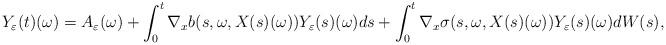
LaTeX: \begin{align*}Y_\varepsilon(t)(\omega) = A_\varepsilon(\omega) + \int_0^t \nabla_x b(s, \omega, X(s)(\omega)) Y_\varepsilon(s)(\omega) ds + \int_0^t \nabla_x \sigma(s, \omega, X(s)(\omega)) Y_\varepsilon(s)(\omega) dW(s),\end{align*}